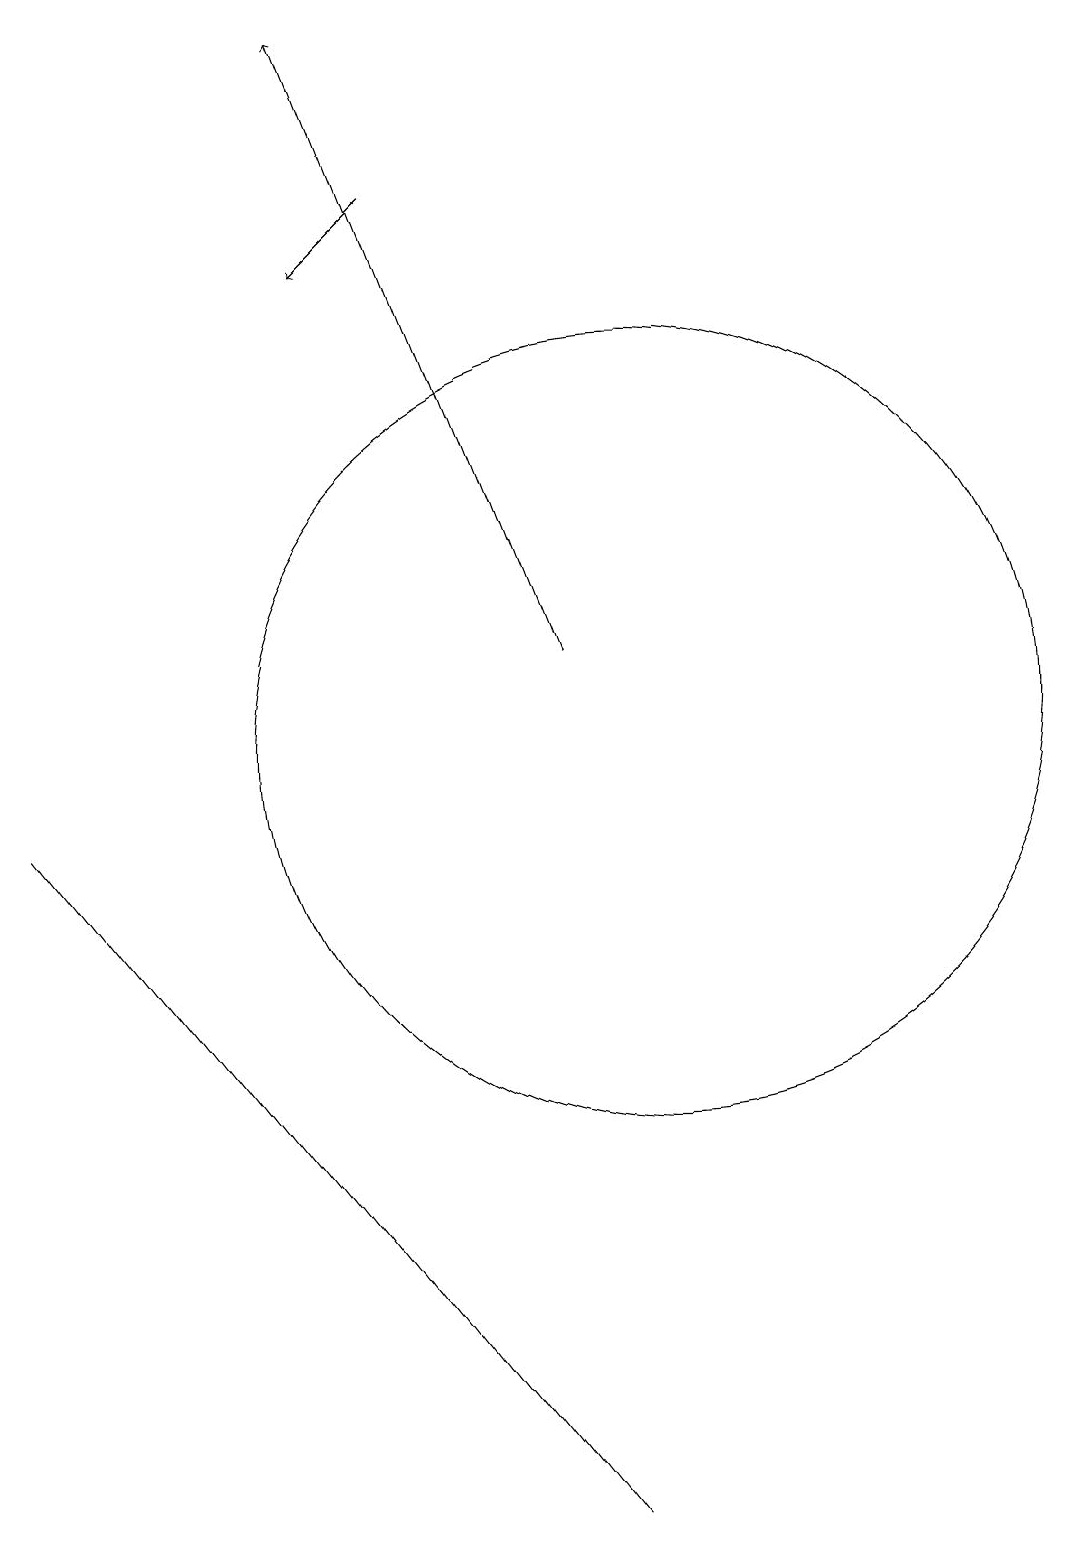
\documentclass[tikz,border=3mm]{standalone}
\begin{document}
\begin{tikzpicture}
\draw[->] (9,11) -- (6,19);
\draw (9,0) -- (9,0) -- (2,9) -- cycle;
\draw[->] (7,17) -- (6,16);
\draw (10,10) circle (5);
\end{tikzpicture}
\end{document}